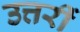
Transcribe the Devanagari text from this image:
उत्तरीं